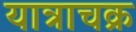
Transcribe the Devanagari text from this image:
यात्राचक्र